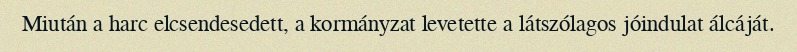
Miután a harc elcsendesedett, a kormányzat levetette a látszólagos jóindulat álcáját.